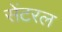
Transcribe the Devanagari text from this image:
सेंटरल